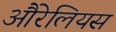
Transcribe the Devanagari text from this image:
औरेलियस